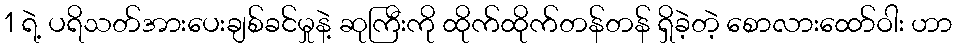
1 ရဲ့ ပရိသတ်အားပေးချစ်ခင်မှုနဲ့ ဆုကြီးကို ထိုက်ထိုက်တန်တန် ရှိခဲ့တဲ့ စောလားထော်ဝါး ဟာ